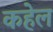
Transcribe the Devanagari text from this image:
कहेल